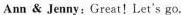
Ann & Jenny:Great!Let's go.